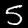
Digit: 5